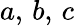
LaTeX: a,\, b,\, c